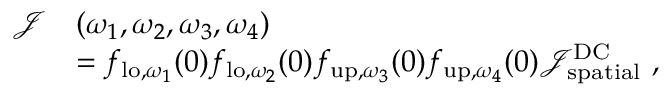
\begin{array} { r l } { \mathcal { J } } & { ( \omega _ { 1 } , \omega _ { 2 } , \omega _ { 3 } , \omega _ { 4 } ) } \\ & { = { f } _ { \mathrm { l o } , \omega _ { 1 } } ( 0 ) { f } _ { \mathrm { l o } , \omega _ { 2 } } ( 0 ) { f } _ { \mathrm { u p } , \omega _ { 3 } } ( 0 ) { f } _ { \mathrm { u p } , \omega _ { 4 } } ( 0 ) \mathcal { J } _ { \mathrm { s p a t i a l } } ^ { \mathrm { D C } } \ , } \end{array}